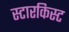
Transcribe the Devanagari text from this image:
स्टारकिस्ट